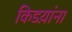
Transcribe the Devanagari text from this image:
किडय़ांना